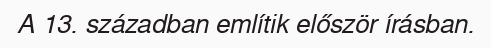
A 13. században említik először írásban.